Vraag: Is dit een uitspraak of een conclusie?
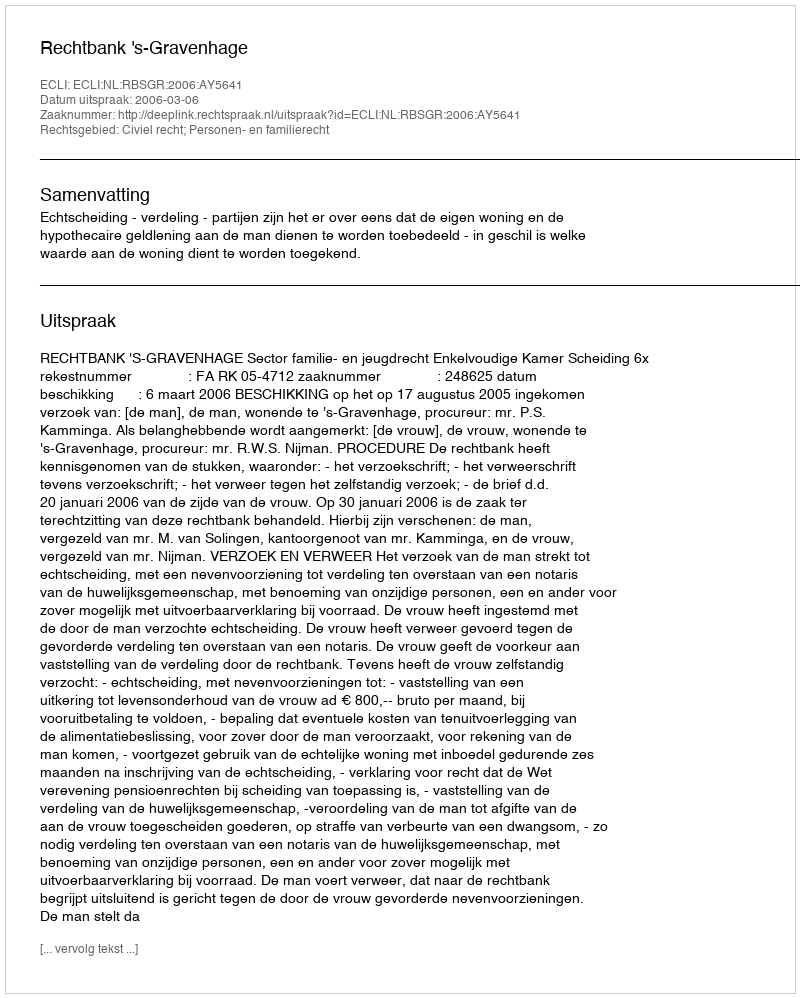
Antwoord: Uitspraak